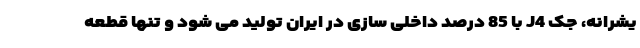
یشرانه، جک J4 با 85 درصد داخلی سازی در ایران تولید می شود و تنها قطعه